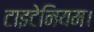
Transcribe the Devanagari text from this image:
टाइटेनियम।